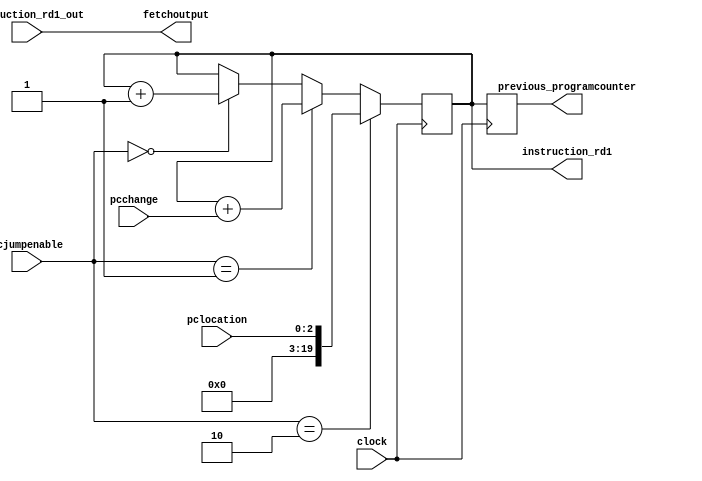
module fetch(clock, instruction_rd1, instruction_rd1_out, fetchoutput, pcchange, pcjumpenable, pclocation, previous_programcounter);

	output [19:00]instruction_rd1;
	output [15:00]fetchoutput;
	output [19:00]previous_programcounter;

	input clock;
	input [15:00]instruction_rd1_out;
	
	input [08:00]pcchange;
	input [02:00]pcjumpenable;
	input [02:00]pclocation;

	wire clock;

	wire [15:00] fetchoutput;
	wire [15:00] instruction_rd1_out;

	wire [19:00] instruction_rd1;

	reg [19:00]programcounter;
	reg [19:00]previous_programcounter;

	always @(posedge clock) begin
		if (pcjumpenable == 0) begin
			programcounter <= programcounter + 1;
		end
		if (pcjumpenable == 1) begin
			programcounter <= programcounter + pcchange;
		end
		if (pcjumpenable == 2) begin
			programcounter <= pclocation;
		end

		previous_programcounter <= programcounter;

	end

	assign instruction_rd1 = programcounter;	//finds the palce in memory that is equal to the value of programcounter
	assign fetchoutput = instruction_rd1_out;	// sets that as fetchoutput

//	initial programcounter = 0;
	
endmodule